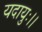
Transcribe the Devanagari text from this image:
यदायुः।।